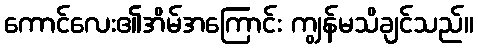
ကောင်လေး၏အိမ်အကြောင်း ကျွန်မသိချင်သည်။